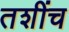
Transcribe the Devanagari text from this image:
तशींच